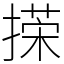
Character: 㨲